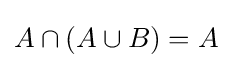
A\cap (A\cup B)=A